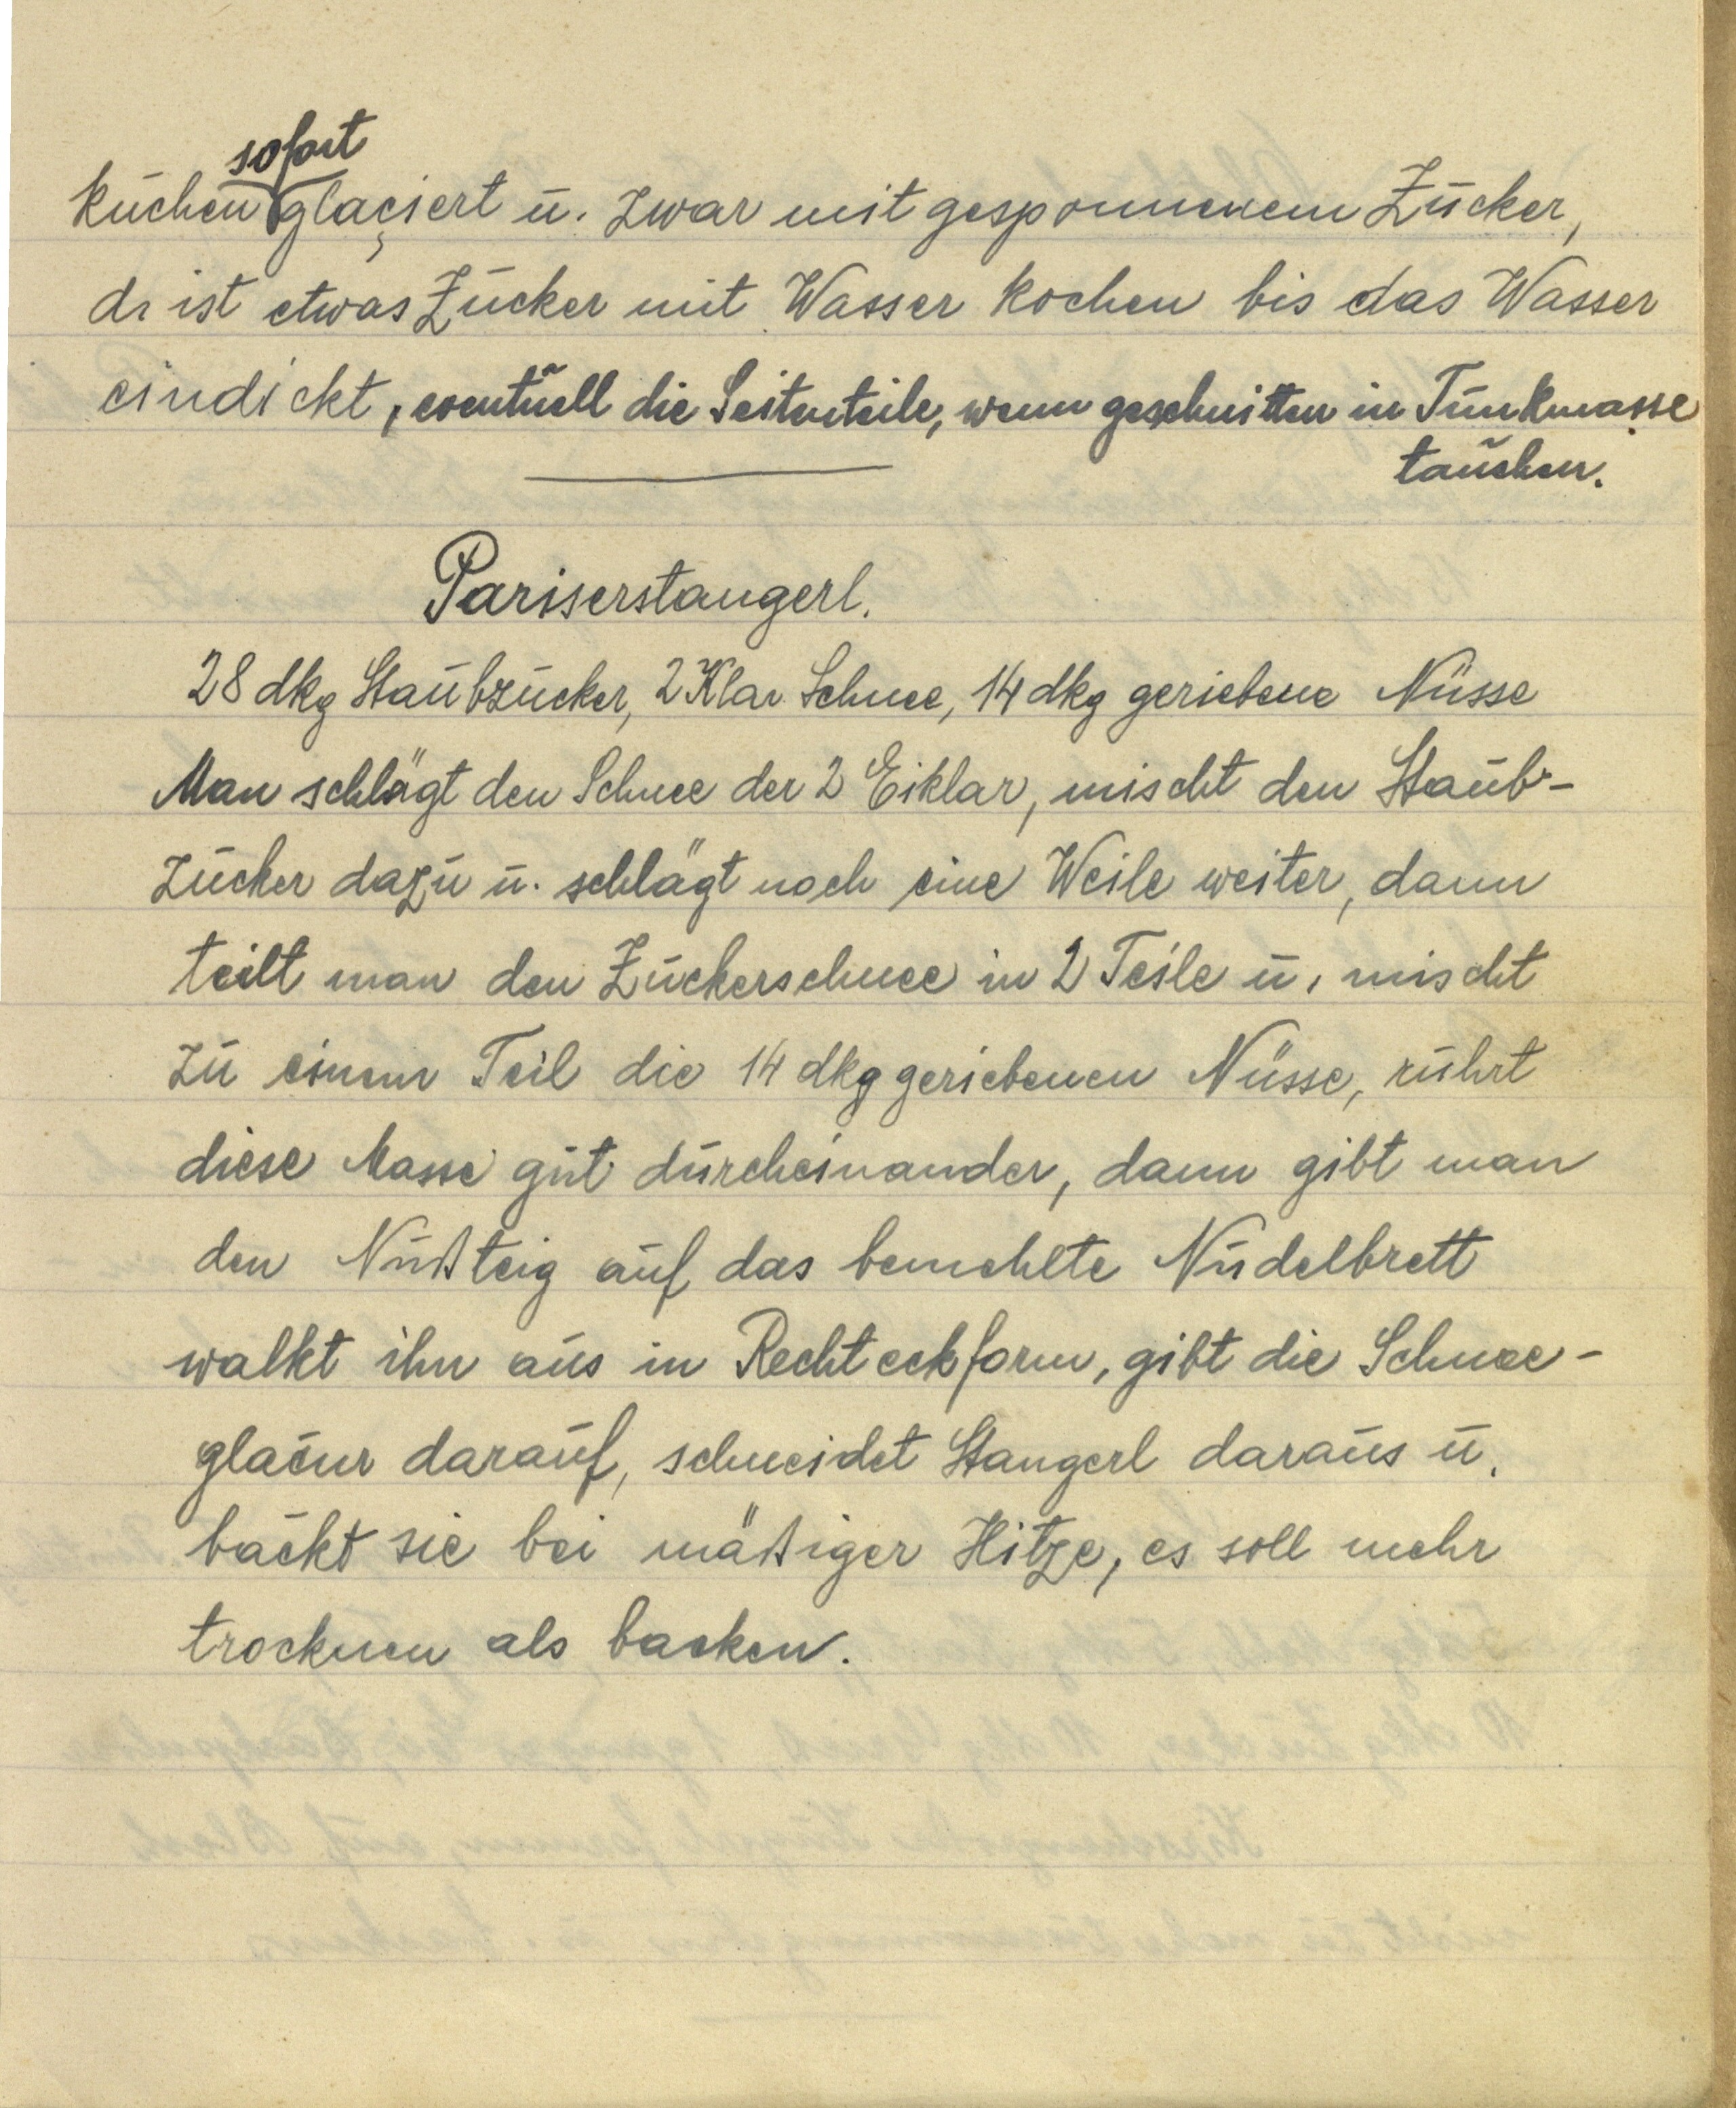
kuchen sofort glaçiert u. zwar mit gesponnenem Zucker,
di ist etwas Zucker mit Wasser kochen bis das Wasser
eindickt, eventuell die Seitenteile, wenn geschnitten in Tunkmasse
tauchen.

Pariserstangerl.
28 dkg Staubzucker, 2 Klar Schnee, 14 dkg geriebene Nüsse
Man schlägt den Schnee der 2 Eiklar, mischt den Staub¬
zucker dazu u. schlägt noch eine Weile weiter, dann
teilt man den Zuckerschnee in 2 Teile u. mischt
zu einem Teil die 14 dkg geriebenen Nüsse, rührt
diese Masse gut durcheinander, dann gibt man
den Nußteig auf das bemehlte Nudelbrett
walkt ihn aus in Rechteckform, gibt die Schnee¬
glaçur darauf, schneidet Stangerl daraus u.
bäckt sie bei mäßiger Hitze, es soll mehr
trocknen als backen.